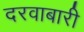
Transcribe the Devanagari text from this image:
दरवाबारी